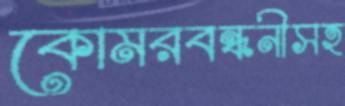
কোমরবন্ধনীসহ